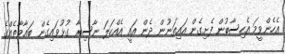
އެހެންވީމަ އެހިސާބުން ފެށިގެން އައިތަނުން ދެން އައީ އެއްކަލަ ނާސިރާ ގުޅުވައިގެން ބަޣާވާތެއްގެ